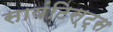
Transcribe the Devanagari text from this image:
सायंटिस्ट्स